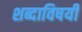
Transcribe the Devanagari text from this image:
शब्दाविषयी